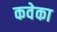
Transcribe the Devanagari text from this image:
कवेका